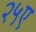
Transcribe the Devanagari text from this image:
२५ए